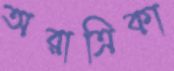
অরাত্রিকা